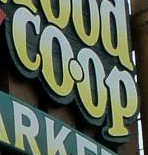
COOP